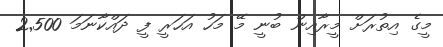
މީގެ އިތުރަށް މީރާއިން ބުނީ މޭ މަހު އަހަރީ ފީ ދައްކާނަމަ 2